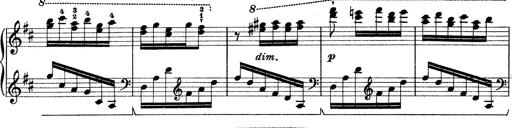
Title: Rapsodie: 19 ungheresi, 1 spagnuola
Composer: Franz Liszt